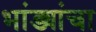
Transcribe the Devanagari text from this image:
भांड्यांचा